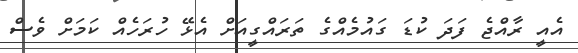
އެއީ ރާއްޖެ ފަދަ ކުޑަ ގައުމެއްގެ ތަރައްގީއަށް އެޅޭ ހުރަހެއް ކަމަށް ވެސް